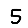
Digit: 5